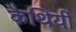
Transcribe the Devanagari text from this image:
कैथियीं